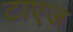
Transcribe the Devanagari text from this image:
टाएज